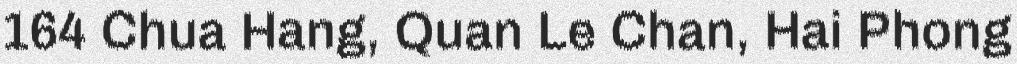
164 Chua Hang, Quan Le Chan, Hai Phong